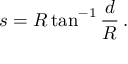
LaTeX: s = R \tan ^ { - 1 } { \frac { d } { R } } \, .